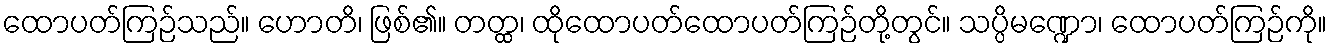
ထောပတ်ကြဉ်သည်။ ဟောတိ၊ ဖြစ်၏။ တတ္ထ၊ ထိုထောပတ်ထောပတ်ကြဉ်တို့တွင်။ သပ္ပိမဏ္ဍော၊ ထောပတ်ကြဉ်ကို။